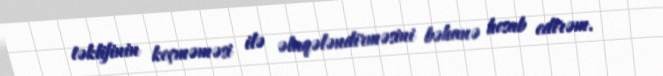
təklifinin keçməməsi ilə əlaqələndirməsini bəhanə hesab edirəm.